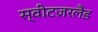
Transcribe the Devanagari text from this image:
स्वीटज़रलैंड